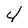
Character: 4